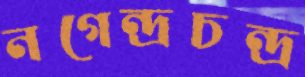
নগেন্দ্রচন্দ্র